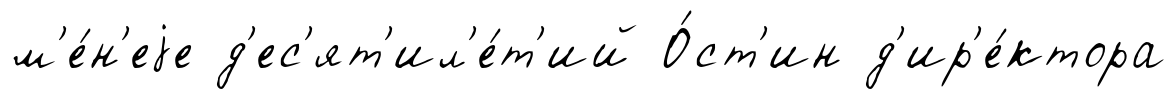
м'е́н'еjе д'ес'ят'ил'е́т'ий О́ст'ин д'ир'е́ктора